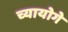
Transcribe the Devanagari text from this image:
च्यायोगे